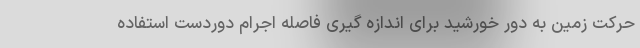
حرکت زمین به دور خورشید برای اندازه گیری فاصله اجرام دوردست استفاده